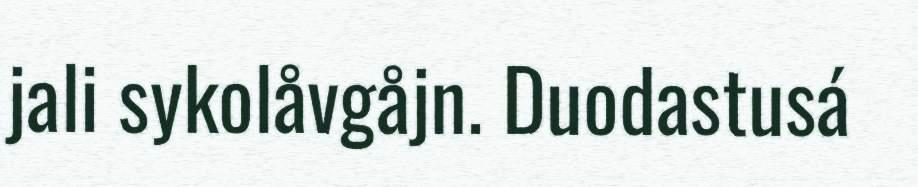
jali sykolåvgåjn. Duodastusá